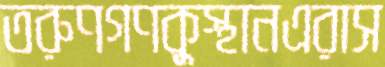
তরুণগণকুস্থানএরাস